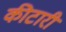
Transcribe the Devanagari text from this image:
कीटारी